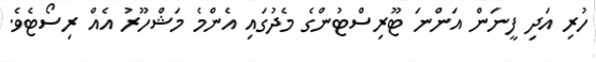
ހުރި އަދި ފީނަން އަންނަ ޓޫރިސްޓުންގެ މެދުގައި އެންމެ މަޝްހޫރު އެއް ރިސޯޓެވެ.